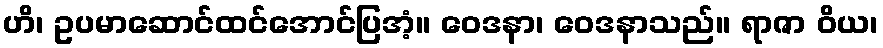
ဟိ၊ ဥပမာဆောင်ထင်အောင်ပြအံ့။ ဝေဒနာ၊ ဝေဒနာသည်။ ရာဇာ ဝိယ၊